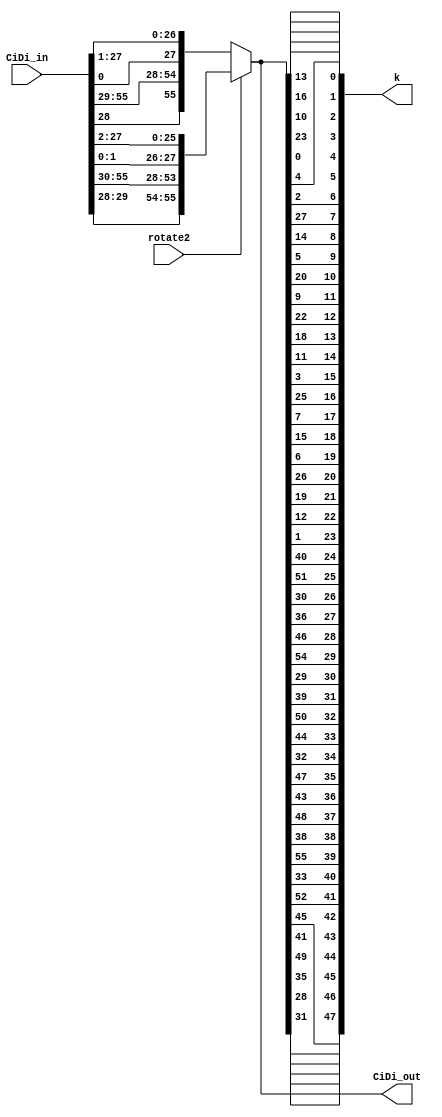
`timescale 1ns / 1ns


module rotate_1or2_pc2(
	input rotate2,
	input [55:0] CiDi_in,
	output [55:0] CiDi_out,
	output [47:0] k
	);

	wire [27:0] Ci = CiDi_in[27:0];
	wire [27:0] Di = CiDi_in[55:28];
	wire [55:0] cd;
	assign cd = rotate2 ?
		{ Di[1], Di[0], Di[27:2], Ci[1], Ci[0], Ci[27:2] } :
		{ Di[0], Di[27:1], Ci[0], Ci[27:1] };
	
	assign CiDi_out = cd;

	assign k = {
		cd[31], cd[28], cd[35], cd[49], cd[41], cd[45], cd[52], cd[33], cd[55], cd[38], cd[48], cd[43],
		cd[47], cd[32], cd[44], cd[50], cd[39], cd[29], cd[54], cd[46], cd[36], cd[30], cd[51], cd[40],
		
		cd[1], cd[12], cd[19], cd[26], cd[6], cd[15], cd[7], cd[25], cd[3], cd[11], cd[18], cd[22],
		cd[9], cd[20], cd[5], cd[14], cd[27], cd[2], cd[4], cd[0], cd[23], cd[10], cd[16], cd[13]
		};

endmodule